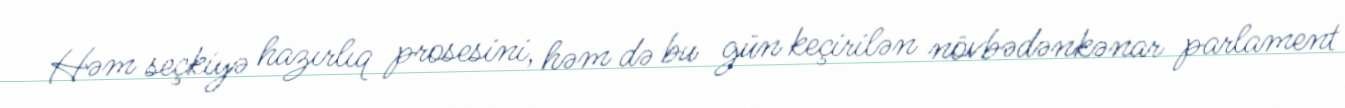
Həm seçkiyə hazırlıq prosesini, həm də bu gün keçirilən növbədənkənar parlament